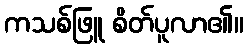
ကသစ်ဖြူ စိတ်ပူလာ၏။